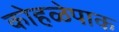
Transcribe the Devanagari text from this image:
कोहळेपाक